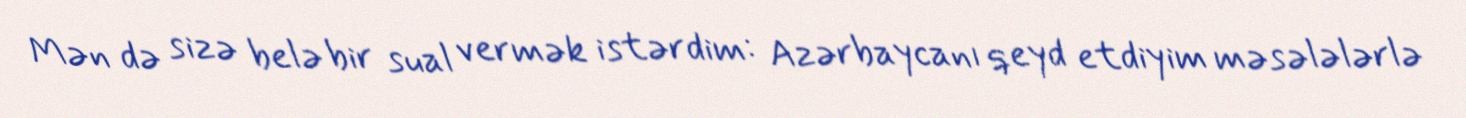
Mən də sizə belə bir sual vermək istərdim: Azərbaycanı qeyd etdiyim məsələlərlə